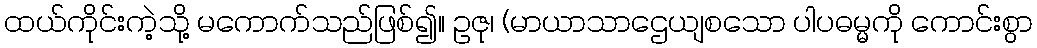
ထယ်ကိုင်းကဲ့သို့ မကောက်သည်ဖြစ်၍။ ဥဇု၊ (မာယာသာဌေယျစသော ပါပဓမ္မကို ကောင်းစွာ